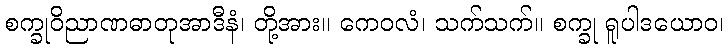
စက္ခုဝိညာဏဓာတုအာဒီနံ၊ တို့အား။ ကေဝလံ၊ သက်သက်။ စက္ခု ရူပါဒယောဝ၊